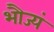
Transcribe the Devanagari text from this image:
भौज्यं